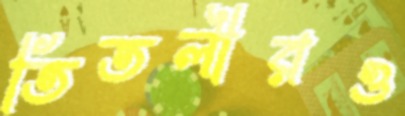
তিতলীরও